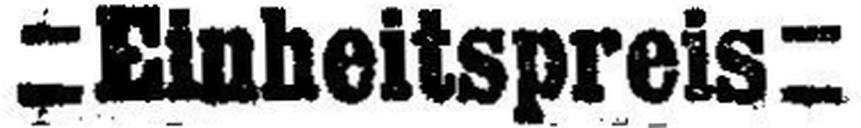
= Einheitspres =